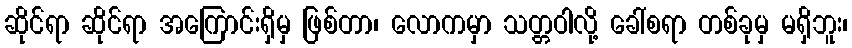
ဆိုင်ရာ ဆိုင်ရာ အကြောင်းရှိမှ ဖြစ်တာ၊ လောကမှာ သတ္တဝါလို့ ခေါ်စရာ တစ်ခုမှ မရှိဘူး၊